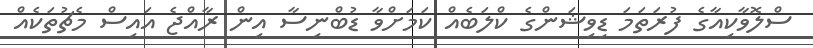
ސްލޮވާކިއާގެ ފުރަތަމަ ޑިވިޝަންގެ ކްލަބެއް ކަމަށްވާ ޑުބްނިސާ އިން ރާއްޖެ އައިސް މެޗުތަކެއް